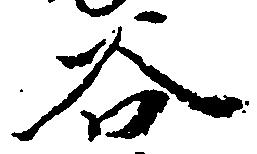
谷